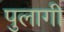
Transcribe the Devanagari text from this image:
पुलागी